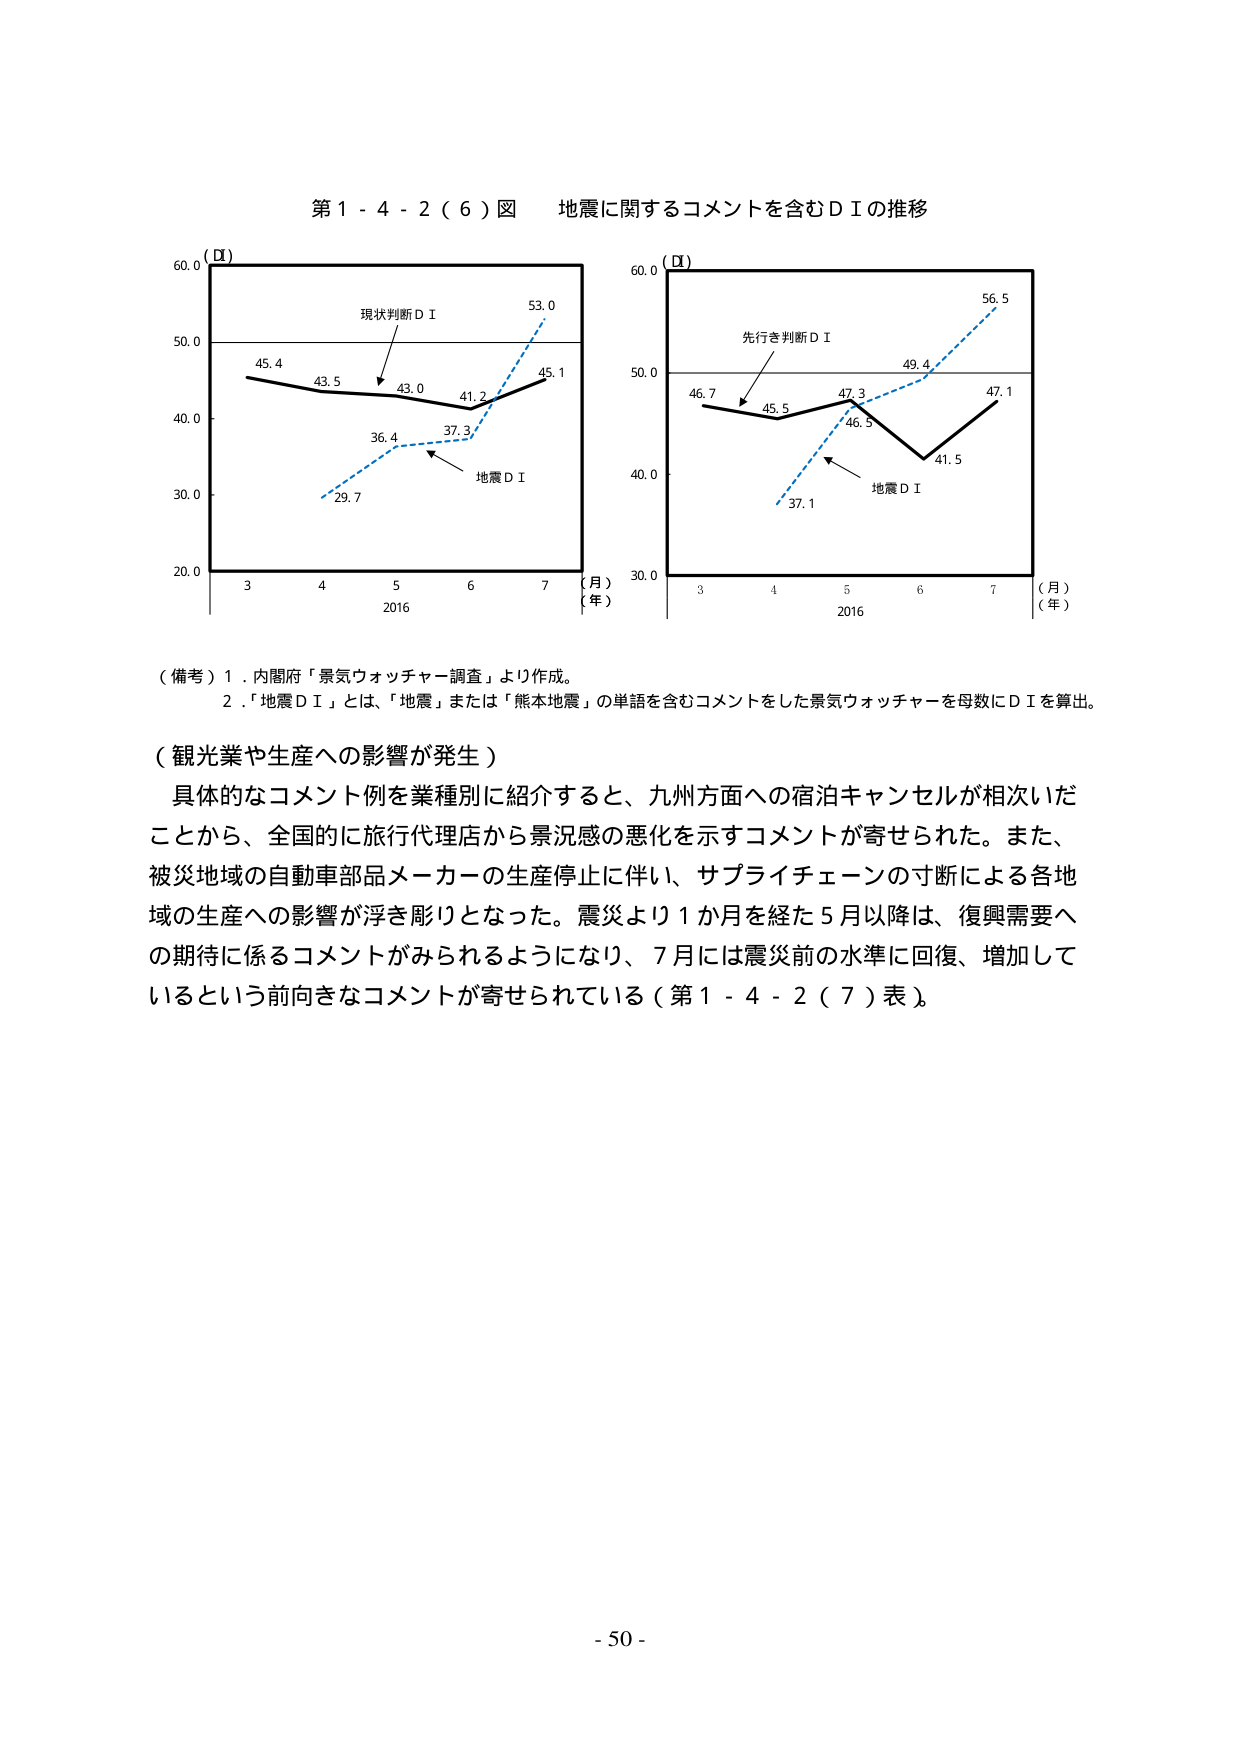
第１－４－２（６）図　地震に関するコメントを含むＤＩの推移

（ＤＩ）
60.0
50.0
40.0
30.0
20.0
3　4　5　6　7
（月）
（年）
2016
現状判断ＤＩ
45.4　43.5　43.0　41.2　45.1
地震ＤＩ
29.7　36.4　37.3　53.0

（ＤＩ）
60.0
50.0
40.0
30.0
3　4　5　6　7
（月）
（年）
2016
先行き判断ＤＩ
46.7　45.5　47.3　49.4　56.5
地震ＤＩ
37.1　46.5　41.5　47.1

（備考）１．内閣府「景気ウォッチャー調査」より作成。
　　　２．「地震ＤＩ」とは、「地震」または「熊本地震」の単語を含むコメントをした景気ウォッチャーを母数にＤＩを算出。

（観光業や生産への影響が発生）
具体的なコメント例を業種別に紹介すると、九州方面への宿泊キャンセルが相次いだ
ことから、全国的に旅行代理店から景況感の悪化を示すコメントが寄せられた。また、
被災地域の自動車部品メーカーの生産停止に伴い、サプライチェーンの寸断による各地
域の生産への影響が浮き彫りとなった。震災より１か月を経た５月以降は、復興需要へ
の期待に係るコメントがみられるようになり、７月には震災前の水準に回復、増加して
いるという前向きなコメントが寄せられている（第１－４－２（７）表）。

- 50 -